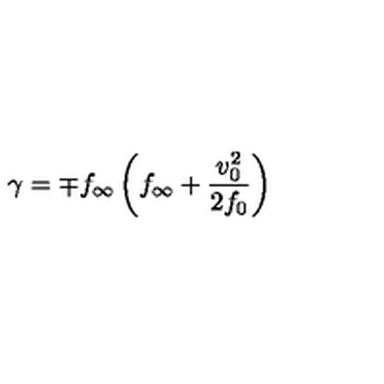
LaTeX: \gamma = \mp f _ { \infty } \left( f _ { \infty } + { \frac { v _ { 0 } ^ { 2 } } { 2 f _ { 0 } } } \right)